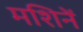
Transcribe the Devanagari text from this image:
मशिनें